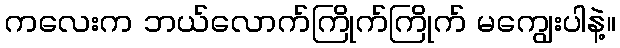
ကလေးက ဘယ်လောက်ကြိုက်ကြိုက် မကျွေးပါနဲ့။